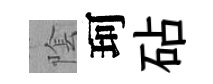
隂珂砧